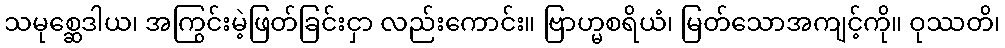
သမုစ္ဆေဒါယ၊ အကြွင်းမဲ့ဖြတ်ခြင်းငှာ လည်းကောင်း။ ဗြာဟ္မစရိယံ၊ မြတ်သောအကျင့်ကို။ ဝုဿတိ၊